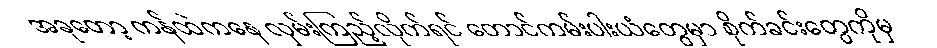
အခုတော့ ကန်ထဲကနေ လှမ်းကြည့်လိုက်ရင် တောင်ကမ်းပါးယံတွေမှာ စိုက်ခင်းတွေကိုမှ